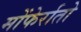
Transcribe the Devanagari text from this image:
मोंफेर्रातो